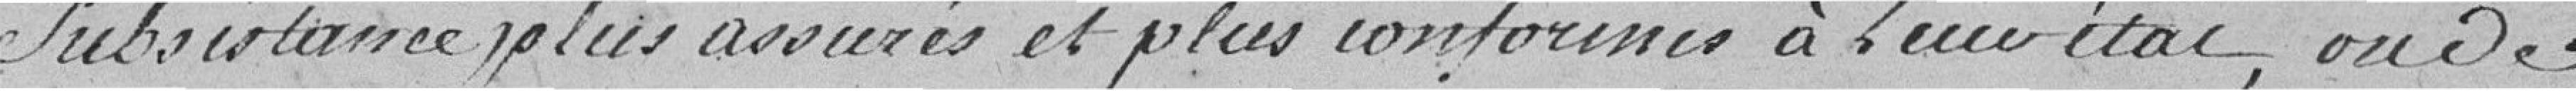
subsistance plus assurés et plus conformes à leur état, ou de